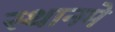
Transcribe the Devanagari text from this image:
स्थानमे